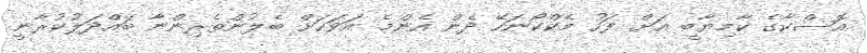
އޮސްކާގެ ކާމިޔާބީ އަށް ފަހު މެކްކޯނަހޭ ދެން އެންމެ އަވަހަށް ބެލުންތެރިންނާ ބައްދަލުކުރާނީ